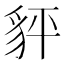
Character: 𧲺